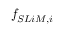
f _ { S L i M , i }